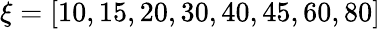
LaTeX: \xi=[10,15,20,30,40,45,60,80]